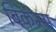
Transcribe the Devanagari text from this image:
बिकम्स